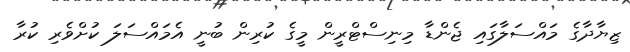
ޒިޔާދާގެ މައްސަލާގައި ޖެންޑާ މިނިސްޓްރީން މީގެ ކުރިން ބުނީ އެމައްސަލަ ކުށްވެރި ކުރާ